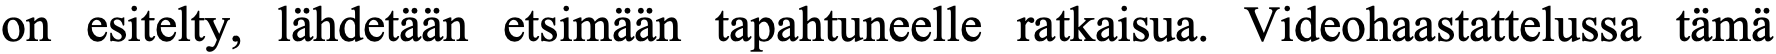
on esitelty, lähdetään etsimään tapahtuneelle ratkaisua. Videohaastattelussa tämä